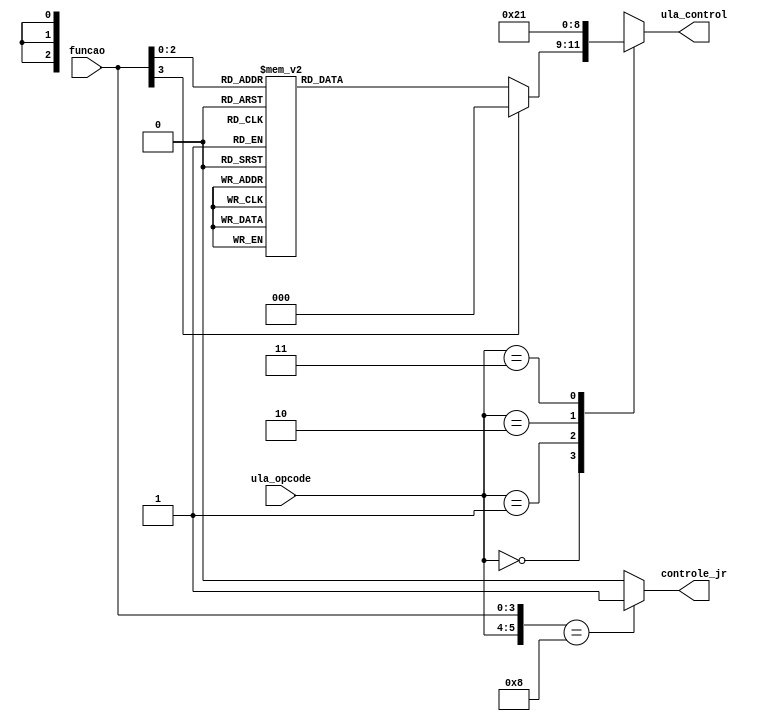
module controle_ula #(
    parameter TIPO_R = 2'b00,
    parameter ADDI = 2'b01,
    parameter SLTI = 2'b10,
    parameter BEQ = 2'b11,
    parameter ADD = 4'b0000,
    parameter SUB = 4'b0001,
    parameter AND = 4'b0010,
    parameter OR = 4'b0011,
    parameter MENOR = 4'b0100,
    parameter XOR = 4'b0101,
    parameter SLL = 4'b0110, /* shift left logical */
    parameter SRL = 4'b0111 /* shift right logical */
) (
    input [1:0] ula_opcode,
    input [3:0] funcao,
    output controle_jr,
    output reg [2:0] ula_control
);

    /* Define o codigo de controle da ula baseado no opcode da ula e na funcao da instrucao */

    always @(ula_opcode or funcao) begin
        case (ula_opcode)
            TIPO_R: begin
                case (funcao)
                    ADD: ula_control = 3'b000;
                    SUB: ula_control = 3'b001;
                    AND: ula_control = 3'b010;
                    OR: ula_control = 3'b011;
                    MENOR: ula_control = 3'b100;
                    XOR: ula_control = 3'b101;
                    SLL: ula_control = 3'b110;
                    SRL: ula_control = 3'b111;
                    default: ula_control = 3'b000;
                endcase
                end
            ADDI: ula_control = 3'b000;
            SLTI: ula_control = 3'b100;
            BEQ: ula_control = 3'b001;
            default: ula_control = 3'b000;
        endcase
    end

    /* Diz se instrucao e do tipo jump register (jr) */
    assign controle_jr = ({ula_opcode, funcao} == 6'b001000)? 1'b1 : 1'b0;
    
endmodule